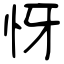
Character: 㤉